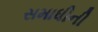
સમાધીની